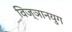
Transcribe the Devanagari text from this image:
विज्ञानयुग